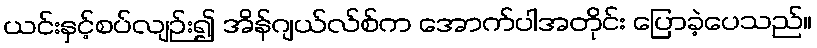
ယင်းနှင့်စပ်လျဉ်း၍ အိန်ဂျယ်လ်စ်က အောက်ပါအတိုင်း ပြောခဲ့ပေသည်။